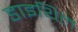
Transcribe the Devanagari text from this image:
डाइथिल